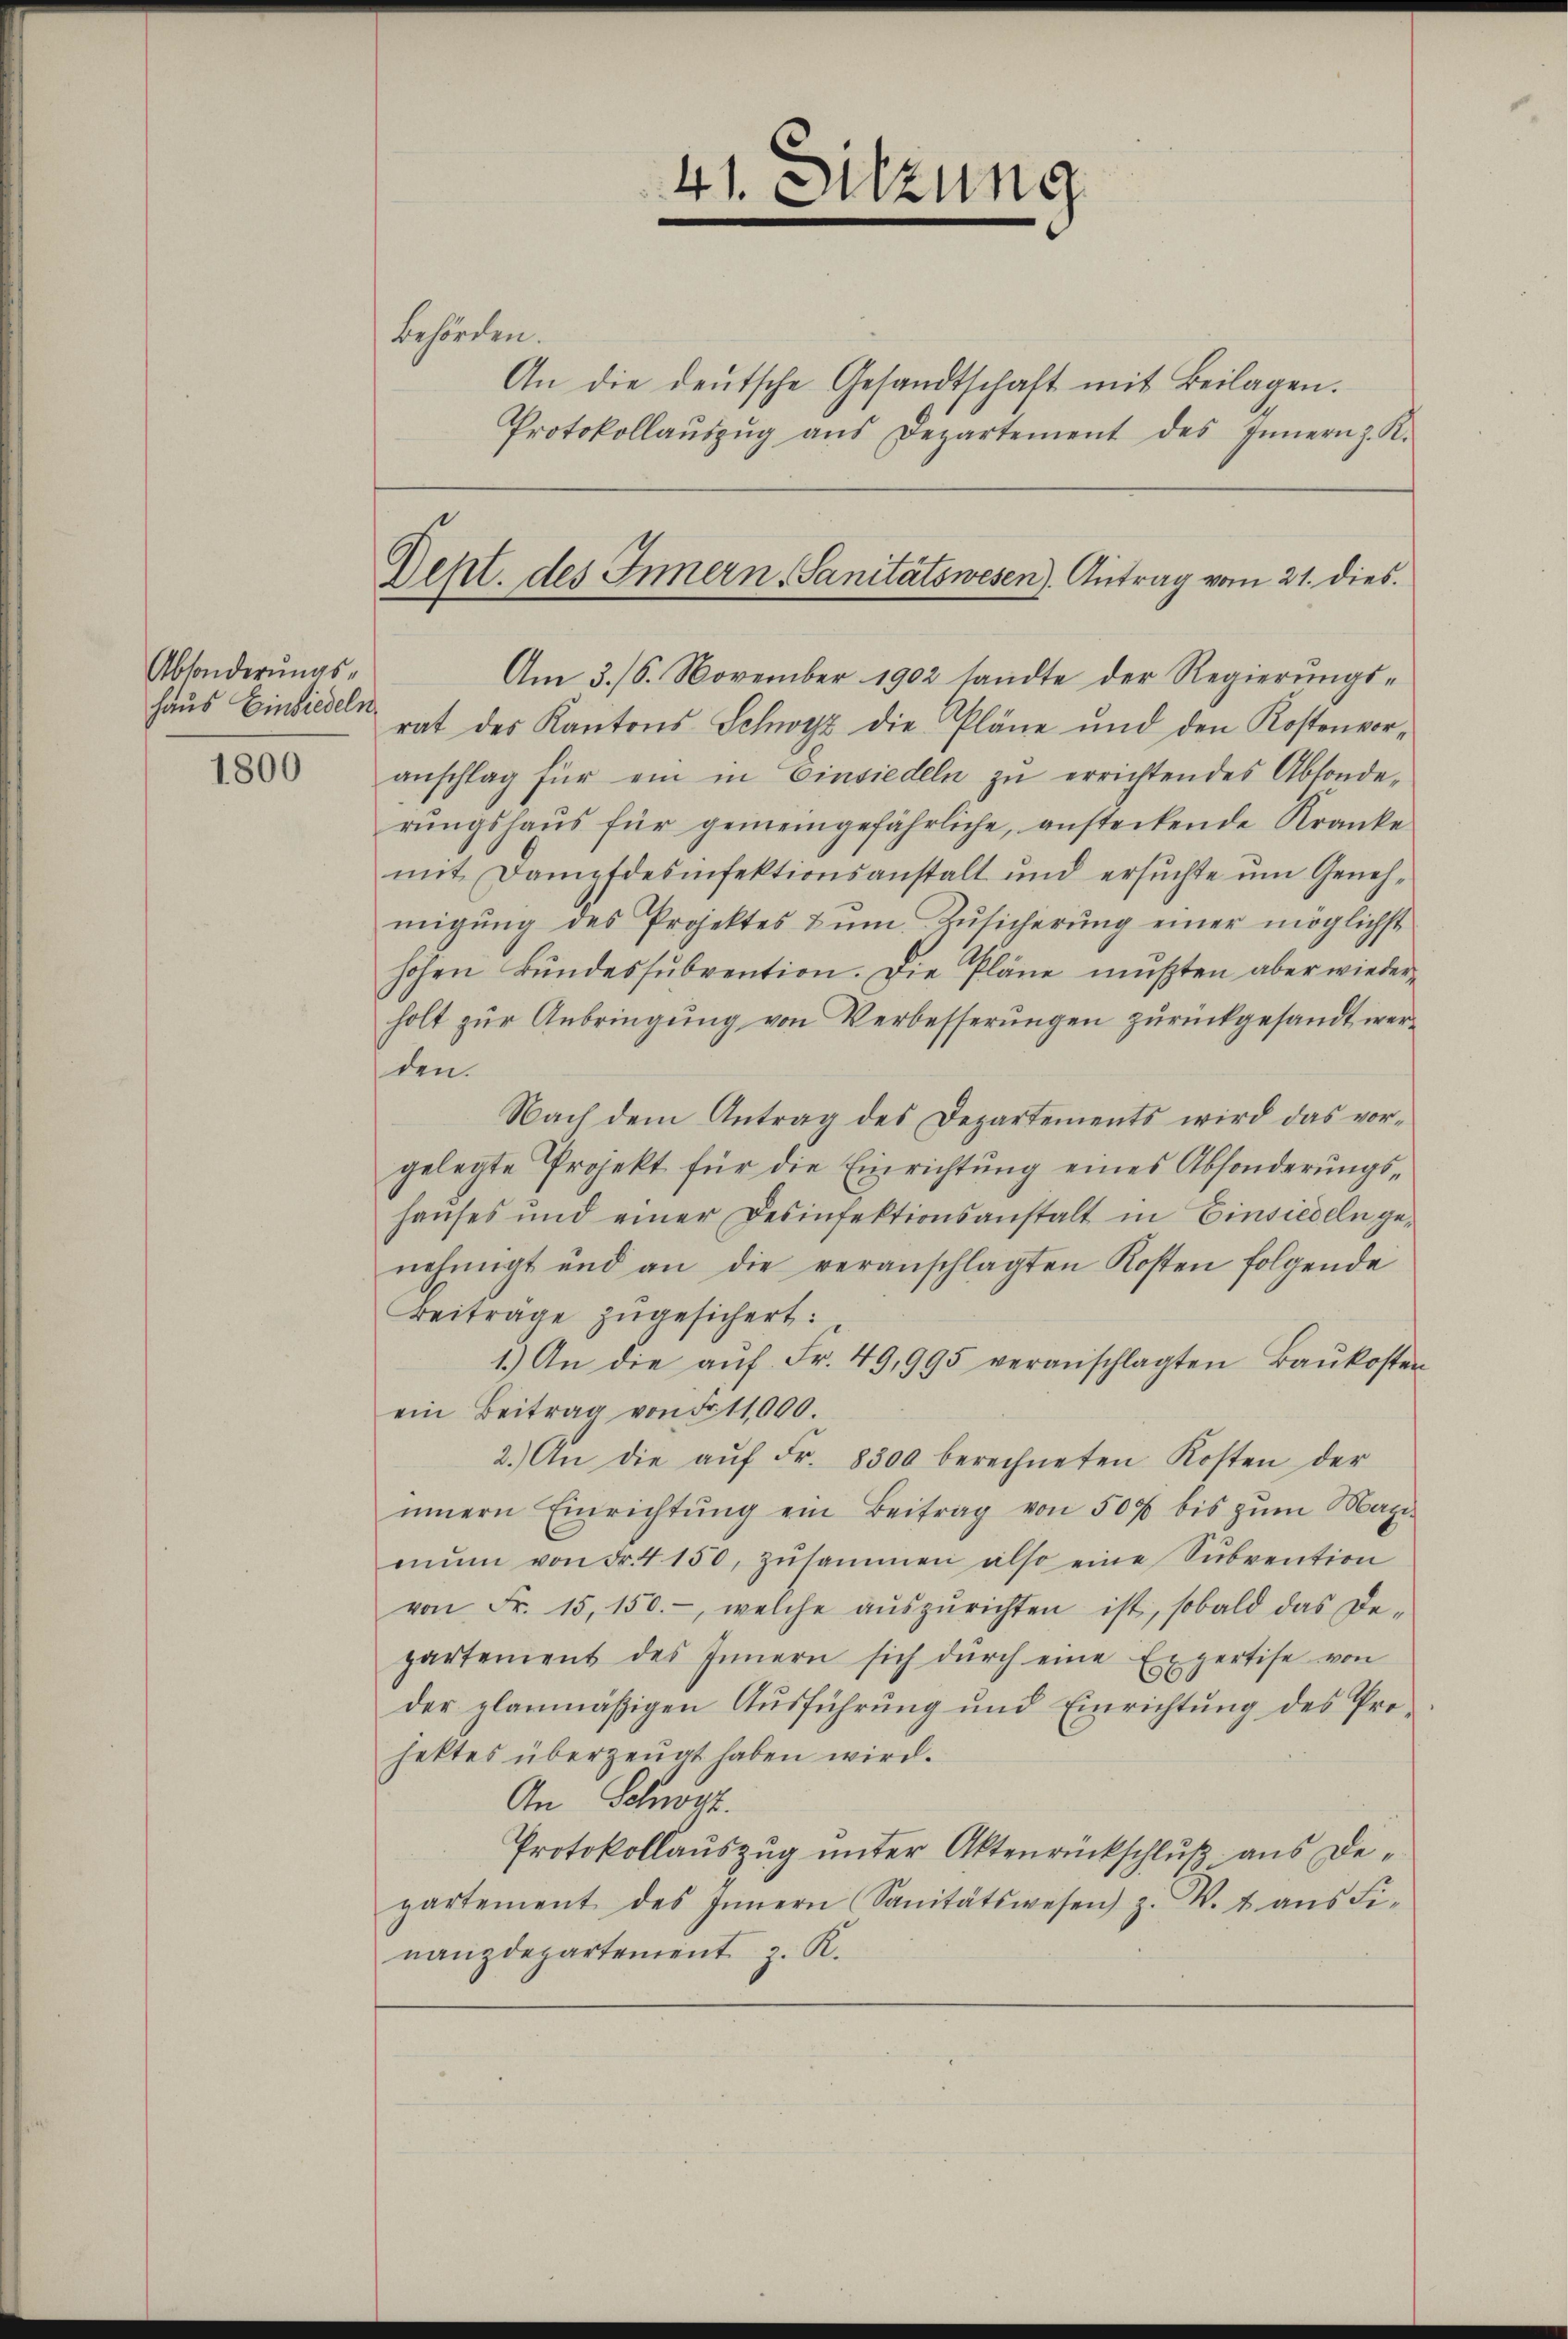
Absonderungs¬

1800

behörden.
An die deŭtsche Gesandtschaft mit Beilagen.
Protokollaŭszŭg aŭs Departement des Innern z. R.

41. Sitzung

Dept. des Innern Sanitätswesen). Antrag vom 21. dies

Am 3./6. November 1902 sandte der Regierungshaus Einsiedel rat des Kantons Schwyz die Pläne und den Kostenvor-
anschlag für ein in Einsiedeln zu errichtendes Absonderungshaus für gemeingefährliche, ansteckende Kranke
mit Dampfdesinfektionsanstalt und ersuchte um Genehmigŭng des Projektes zŭm Zŭsicherŭng einer möglichst
hohen Bundessubvention. Die Pläne mußten aber wiederholt zur Anbringung von Verbesserungen zurückgesandt werden.
Nach dem Antrag des Departements wird das vor-
gelegte Projekt für die Einrichtung eines Absonderungshaŭses und einer Desinfektionsanstalt in Einsiedeln ge-
nehmigt und an die veranschlagten Kosten folgende
Beiträge zugesichert:
1.) An die aŭf Fr. 49,995 veranschlagten Baŭkosten
ein Beitrag von Fr. 11,000.
2.) An die aŭf Fr. 8300 berechneten Kosten der
innern Einrichtung ein Beitrag von 500 bis zum Magimŭm von Fr. 4150, zŭsammen also eine Sŭbvention
von Fr. 15, 150.- welche aŭszŭrichten ist, sobald das De-
partement des Innern sich dŭrch eine Expertise von
der planmäßigen Ausführung und Einrichtung des Profektes überzeugt haben wird.
An Schwyz.
Protokollauszug unter Aktenrückschluß aus Departement des Innern Sanitätswesen z. W. t ans Fi-
nanzdepartement z. R.